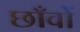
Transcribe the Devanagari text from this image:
छाँवों